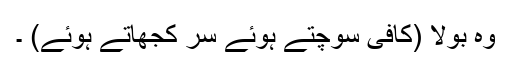
وہ بولا (کافی سوچتے ہوئے سر کجھاتے ہوئے) ۔